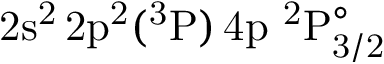
\mathrm { 2 s ^ { 2 } \, 2 p ^ { 2 } ( ^ { 3 } P ) \, 4 p ~ ^ { 2 } P _ { 3 / 2 } ^ { \circ } }